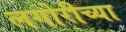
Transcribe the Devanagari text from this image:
लगोरीच्या